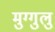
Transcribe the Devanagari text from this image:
मुग्गुलु